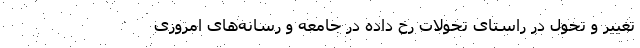
تغییر و تحول در راستای تحولات رخ داده در جامعه و رسانه‌های امروزی